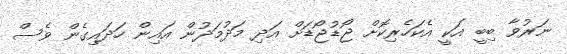
ނަރުވާ ބިބީ އަކީ އެކަހެރިކޮށް ޖޯޑުޖޯޑަށް އަދި މަދުމަދުން އައިން ހަދައިގެން ވެސް